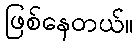
ဖြစ်နေတယ်။